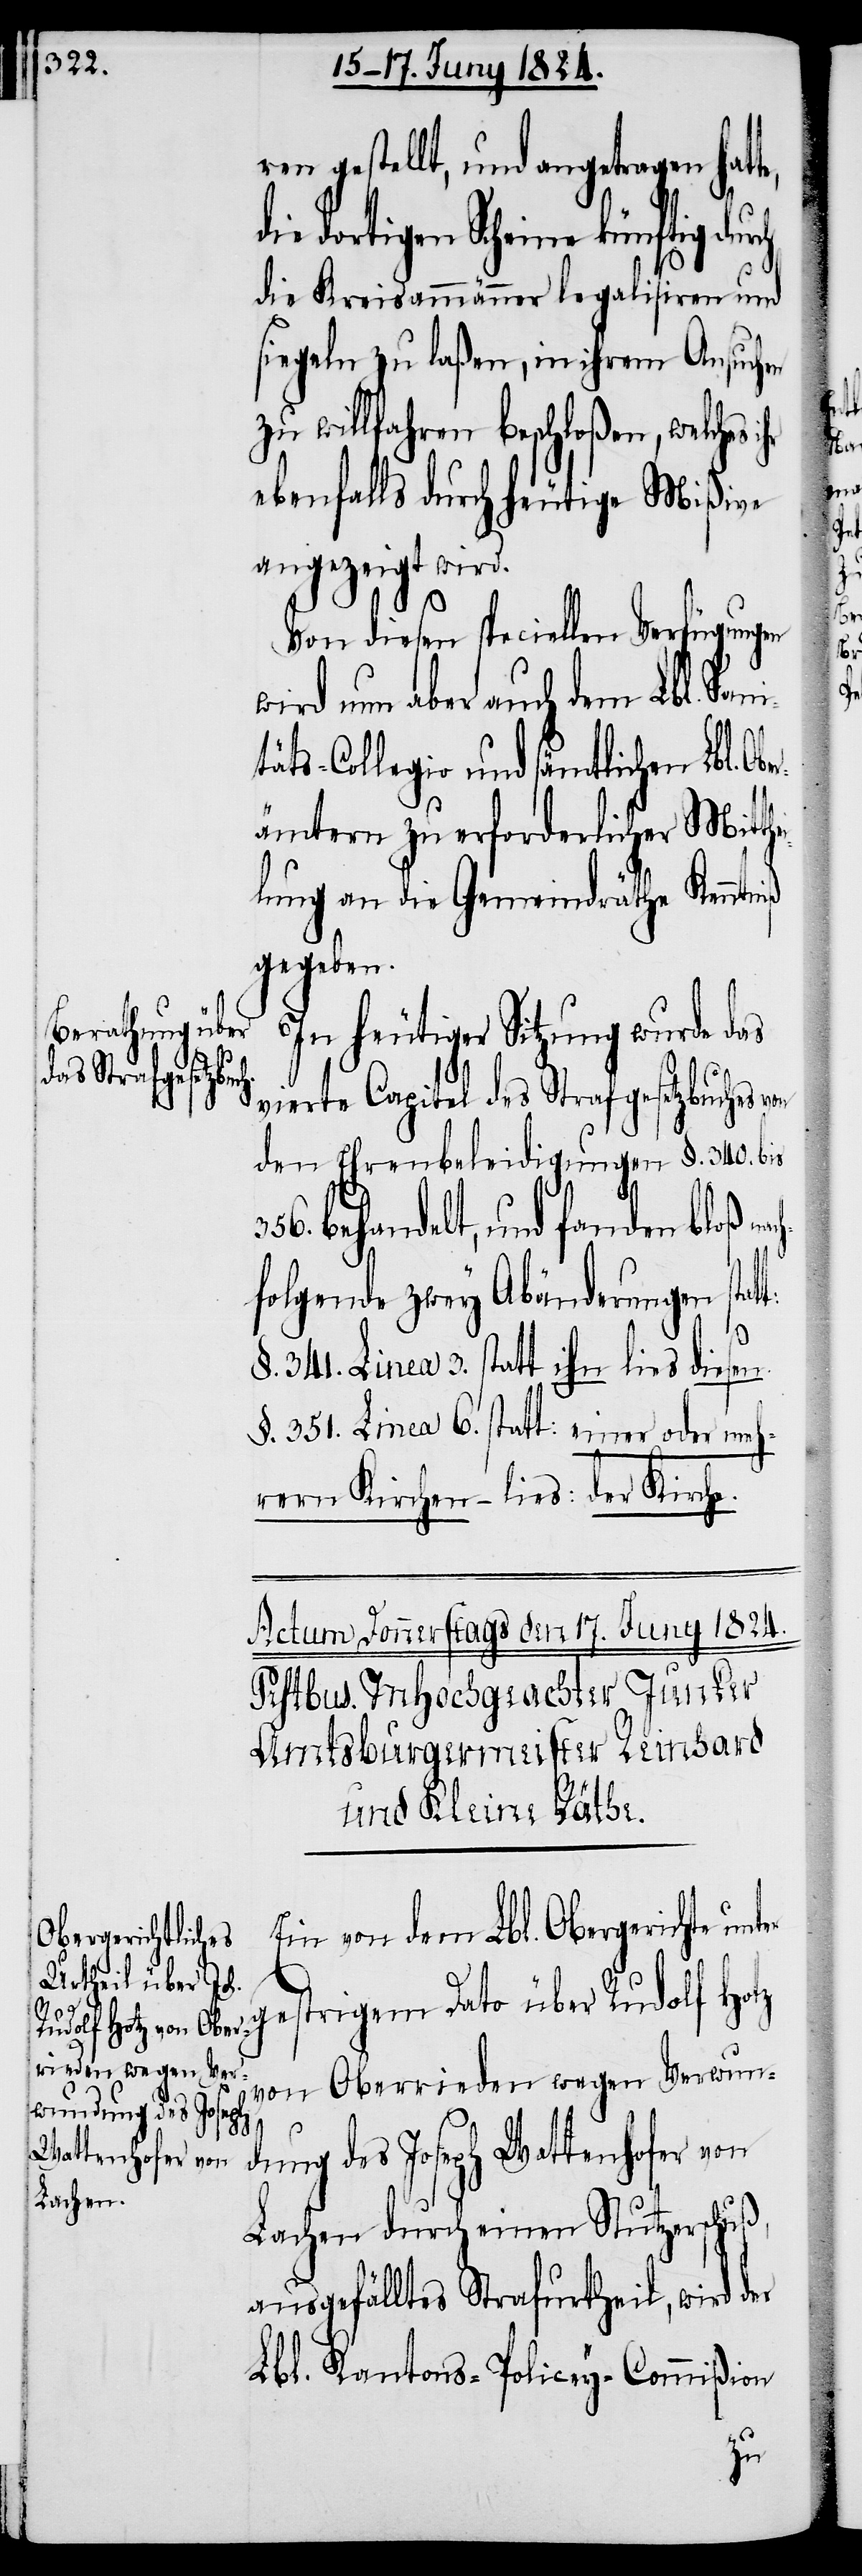
hei¬

ren gestellt, und angetragen hat¬
ie dortigen Scheine künftig
die Kreismänner legalisiren und
siegeln zu laßen, in ihrem Ansuchen
zu willfahren beschloßen, welches
ebenfalls durch heutige Mißive
angezeigt wird.
Von diesen speciellen
wird nun aber auch dem Lbl. Sani¬
täts-Collegio und sämtlichen Lbl. O¬
ämtern zu erforderlicher Mitt¬
lung an die Gemeindräthe Kenntniß
gegeben.
In heutiger Sitzung wurde das
vierte Capitel des Strafgesetzbuches v¬
den Ehrenbeleidigungen §. 340. bis
356. behandelt, und fanden bloß n¬
folgende zwey Abänderungen stat¬
t:
§. 341. Linea 3. statt ihn lies diesen.
§. 351. Linea 6. statt: einer oder meh¬
rern Kirchen – lies: der Kirche.
Ein von dem Lbl. Obergerichte unt¬
gestrigem Dato über Rudolf Hotz
von Oberrieden wegen Verwun¬
dung des Joseph Wattenhofer von
Lachen durch einen Stutzerschuß
ausgefälltes Strafurtheil, wird der
Lbl. Kantons-Policey-Commißion
er